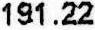
191.22